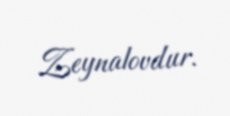
Zeynalovdur.